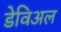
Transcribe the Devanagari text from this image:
डेविअल